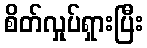
စိတ်လှုပ်ရှားပြီး